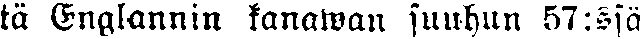
tä Englannin kanawan suuhun 57:ssä